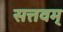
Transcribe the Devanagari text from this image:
सत्तवम्‌